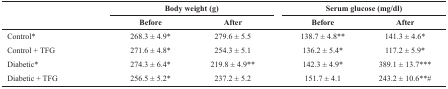
| <ROWSPAN=2>  | <COLSPAN=2> Body weight (g) | <COLSPAN=2> Serum glucose (mg/dl) |
 | Before | After | Before | After |
 | --- | --- | --- | --- | --- |
 | Control* | 268.3 ± 4.9* | 279.6 ± 5.5 | 138.7 ± 4.8** | 141.3 ± 4.6* |
 | Control + TFG | 271.6 ± 4.8* | 254.3 ± 5.1 | 136.2 ± 5.4* | 117.2 ± 5.9* |
 | Diabetic* | 274.3 ± 6.4* | 219.8 ± 4.9** | 142.3 ± 4.9* | 389.1 ± 13.7*** |
 | Diabetic + TFG | 256.5 ± 5.2* | 237.2 ± 5.2 | 151.7 ± 4.1 | 243.2 ± 10.6**# |